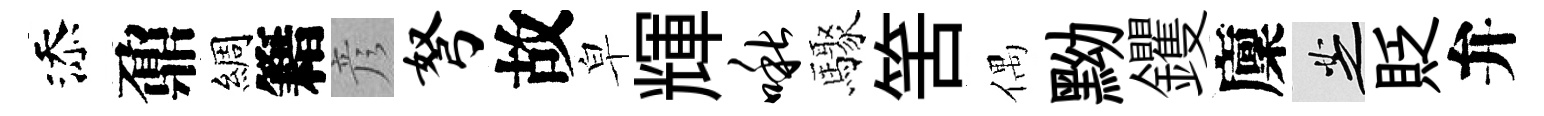
添鼐綢籍彦弩故皁輝啾驟筈偶黝钁廩芝貶弁